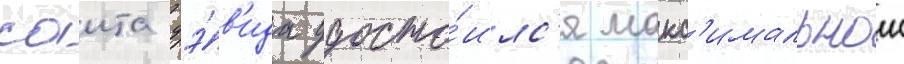
саита дэ́в'ида удосто́илс'я макс'имальнои